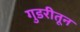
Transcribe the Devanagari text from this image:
गुडरीतून